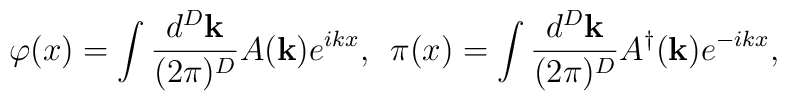
\varphi(x)=\int \frac{d^D \mathbf{k}}{(2\pi)^D} A(\mathbf{k}) e^{ikx},\hspace{0.2cm}\pi(x)=\int \frac{d^D \mathbf{k}}{(2\pi)^D} A^\dagger(\mathbf{k}) e^{-ikx},